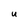
Character: U